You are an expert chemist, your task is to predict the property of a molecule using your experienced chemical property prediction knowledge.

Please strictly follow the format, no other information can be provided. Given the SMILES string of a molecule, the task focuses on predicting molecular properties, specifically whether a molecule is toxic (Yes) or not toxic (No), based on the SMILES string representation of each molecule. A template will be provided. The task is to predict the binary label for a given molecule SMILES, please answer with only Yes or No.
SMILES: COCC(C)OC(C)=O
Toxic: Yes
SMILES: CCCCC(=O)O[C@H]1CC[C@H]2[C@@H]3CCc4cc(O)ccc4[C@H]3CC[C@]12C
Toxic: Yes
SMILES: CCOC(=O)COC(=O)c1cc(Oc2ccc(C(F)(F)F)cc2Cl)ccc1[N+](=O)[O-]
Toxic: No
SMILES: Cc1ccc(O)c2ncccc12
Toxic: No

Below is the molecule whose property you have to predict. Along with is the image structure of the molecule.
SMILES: CN1CC(O)C2=C/C(=N/NC(N)=O)C(=O)C=C21
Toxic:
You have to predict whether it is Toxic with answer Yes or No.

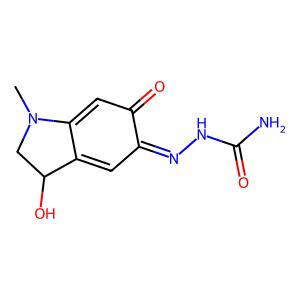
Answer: No